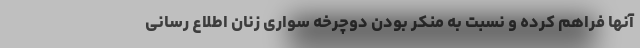
آنها فراهم کرده و نسبت به منکر بودن دوچرخه سواری زنان اطلاع رسانی